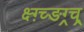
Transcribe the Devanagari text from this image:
क्ष्ग़्च्ङग्र्च्र्